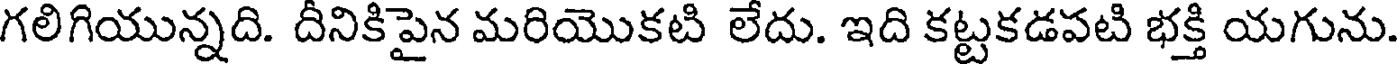
గలిగియున్నది. దీనికిపైన మరియొకటి లేదు. ఇది కట్టకడపటి భక్తి యగును.